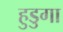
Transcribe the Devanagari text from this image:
हुडुगा